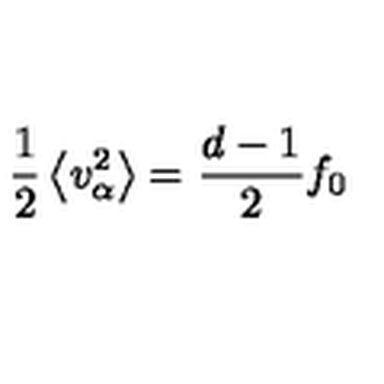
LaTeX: \frac { 1 } { 2 } \left\langle v _ { \alpha } ^ { 2 } \right\rangle = \frac { d - 1 } { 2 } f _ { 0 }